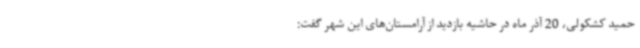
حمید کشکولی، 20 آذر ماه در حاشیه بازدید از آرامستان‌های این شهر گفت: